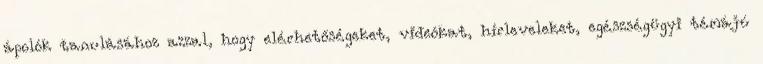
ápolók tanulásához azzal, hogy elérhetőségeket, videókat, hírleveleket, egészségügyi témájú